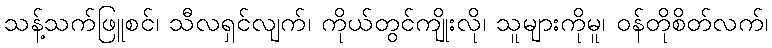
သန့်သက်ဖြူစင်၊ သီလရှင်လျက်၊ ကိုယ်တွင်ကျိုးလို၊ သူများကိုမူ၊ ဝန်တိုစိတ်လက်၊